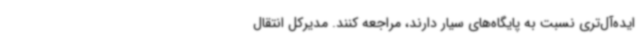
ایده‌آل‌تری نسبت به پایگاه‌های سیار دارند، مراجعه کنند. مدیرکل انتقال